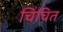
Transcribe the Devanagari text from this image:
चिंचित